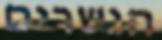
הגשרים